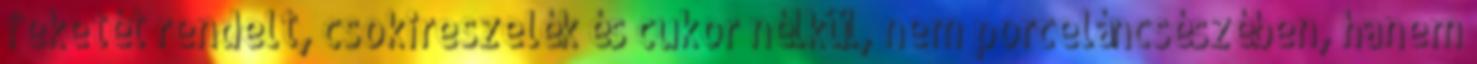
feketét rendelt, csokireszelék és cukor nélkül, nem porceláncsészében, hanem